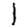
Digit: 1